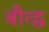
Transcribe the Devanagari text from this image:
बौत्द्ध